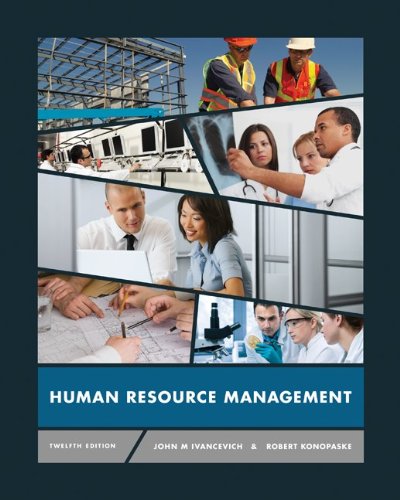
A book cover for Human Resource Management; John Ivancevich; Business & Money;